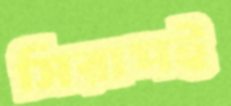
সিরাপই